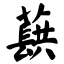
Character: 蕻